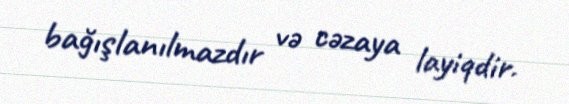
bağışlanılmazdır və cəzaya layiqdir.